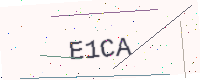
Text: E1CA